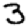
Digit: 3